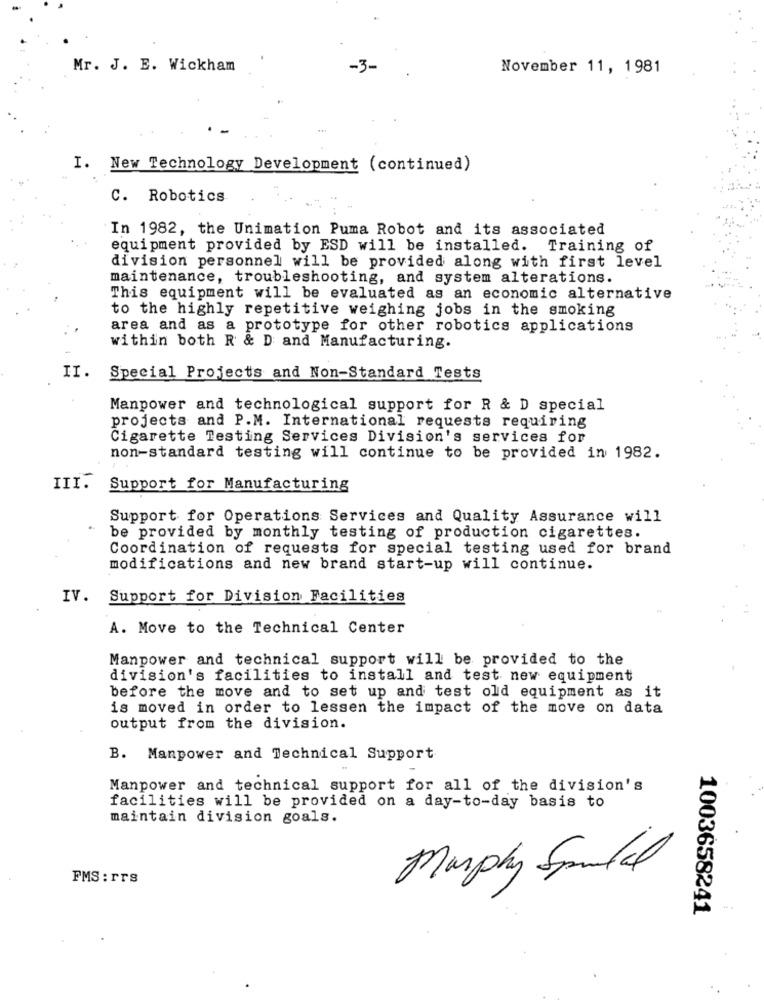
Mr. J. E. Wickham
November 11, 1981
I. New Technology Development (continued)
C. Robotics
In 1982, the Unimation Puma Robot and its associated
equipment provided by ESD will be installed. Training of
division personnel will be provided along with first level
maintenance, troubleshooting, and system alterations.
This equipment will be evaluated as an economic alternative
to the highly repetitive weighing jobs in the smoking
area and as a prototype for other robotics applications
within both R & D and Manufacturing.
II.
Special Projects and Non-Standard Tests
Manpower and technological support for R & D special
projects and P.M. International requests requiring
Cigarette Testing Services Division's services for
non-standard testing will continue to be provided in 1982.
III.
Support for Manufacturing
Support for Operations Services and Quality Assurance will
be provided by monthly testing of production cigarettes.
Coordination of requests for special testing used for brand
modifications and new brand start-up will continue.
IV. Support for Division Facilities
A. Move to the Technical Center
Manpower and technical support will be provided to the
division's facilities to install and test new equipment
before the move and to set up and test old equipment as it
is moved in order to lessen the impact of the move on data
output from the division.
B. Manpower and Technical Support
Manpower and technical support for all of the division's
facilities will be provided on a day-to-day basis to
maintain division goals.
Murphy Spule
FMS : rrs
1003658241